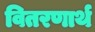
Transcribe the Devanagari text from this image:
वितरणार्थ